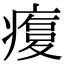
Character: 𤹫